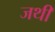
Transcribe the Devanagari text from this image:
जथी